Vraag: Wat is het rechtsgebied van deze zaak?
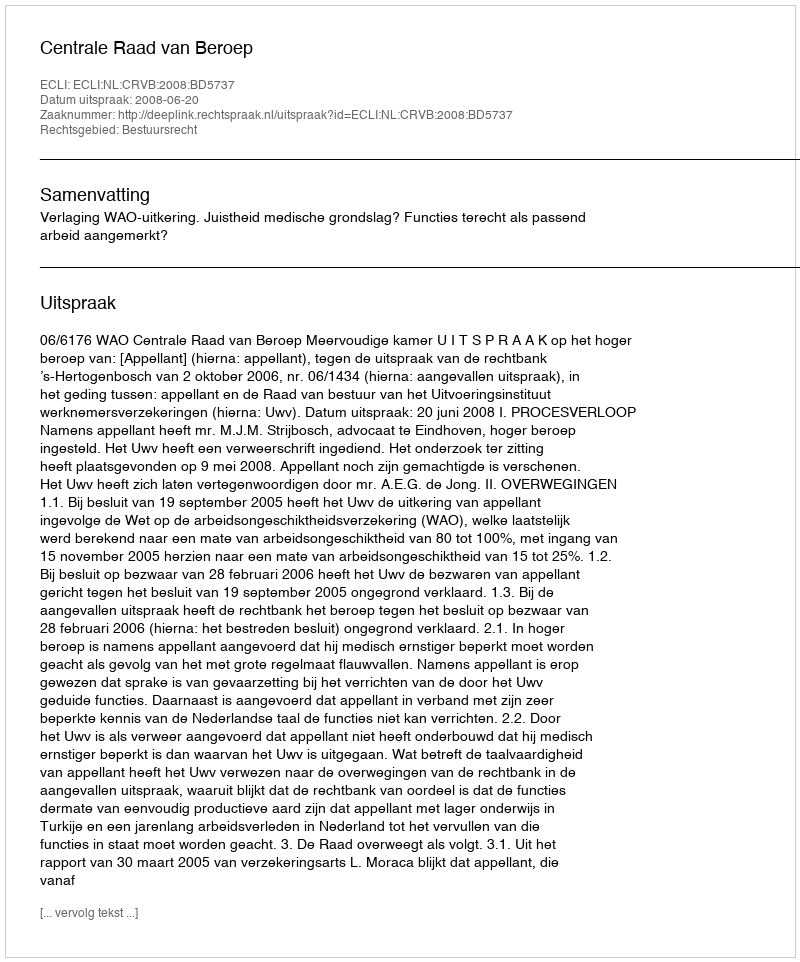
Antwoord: Bestuursrecht